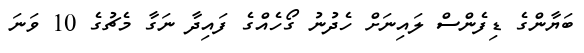
ބަޔާންގެ ޑިފެންސް ލައިނަށް ހެދުނު ގޯހެއްގެ ފައިދާ ނަގާ މެޗުގެ 10 ވަނަ